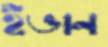
ইভান